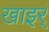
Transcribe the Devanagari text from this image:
खाइर्ं